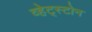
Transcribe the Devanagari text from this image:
व्हेट्स्टोन